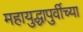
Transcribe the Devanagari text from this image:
महायुद्धापुर्वीच्या